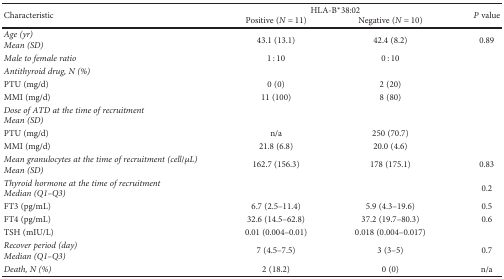
| <ROWSPAN=2> Characteristic | <COLSPAN=2> HLA-B∗38:02 | <ROWSPAN=2> P value |
 | Positive (N = 11) | Negative (N = 10) |
 | --- | --- | --- | --- |
 | Age (yr)Mean (SD) | 43.1 (13.1) | 42.4 (8.2) | 0.89 |
 | Male to female ratio | 1 : 10 | 0 : 10 |  |
 | Antithyroid drug, N (%) |  |  |  |
 | PTU (mg/d) | 0 (0) | 2 (20) |  |
 | MMI (mg/d) | 11 (100) | 8 (80) |  |
 | Dose of ATD at the time of recruitmentMean (SD) |  |  |  |
 | PTU (mg/d) | n/a | 250 (70.7) |  |
 | MMI (mg/d) | 21.8 (6.8) | 20.0 (4.6) |  |
 | Mean granulocytes at the time of recruitment (cell/μL)Mean (SD) | 162.7 (156.3) | 178 (175.1) | 0.83 |
 | Thyroid hormone at the time of recruitmentMedian (Q1–Q3) |  |  | 0.2 |
 | FT3 (pg/mL) | 6.7 (2.5–11.4) | 5.9 (4.3–19.6) | 0.5 |
 | FT4 (pg/mL) | 32.6 (14.5–62.8) | 37.2 (19.7–80.3) | 0.6 |
 | TSH (mIU/L) | 0.01 (0.004–0.01) | 0.018 (0.004–0.017) |  |
 | Recover period (day)Median (Q1–Q3) | 7 (4.5–7.5) | 3 (3–5) | 0.7 |
 | Death, N (%) | 2 (18.2) | 0 (0) | n/a |